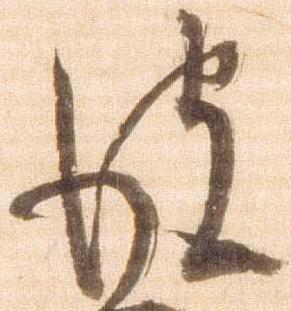
彼